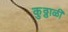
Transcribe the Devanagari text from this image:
कुठ्ठाळी